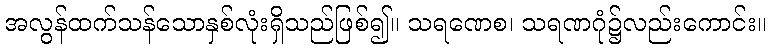
အလွန်ထက်သန်သောနှစ်လုံးရှိသည်ဖြစ်၍။ သရဏေစ၊ သရဏဂုံ၌လည်းကောင်း။